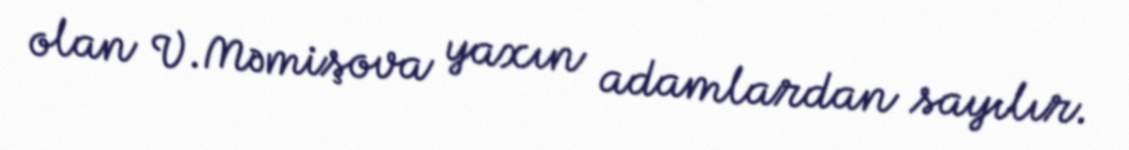
olan V.Məmişova yaxın adamlardan sayılır.